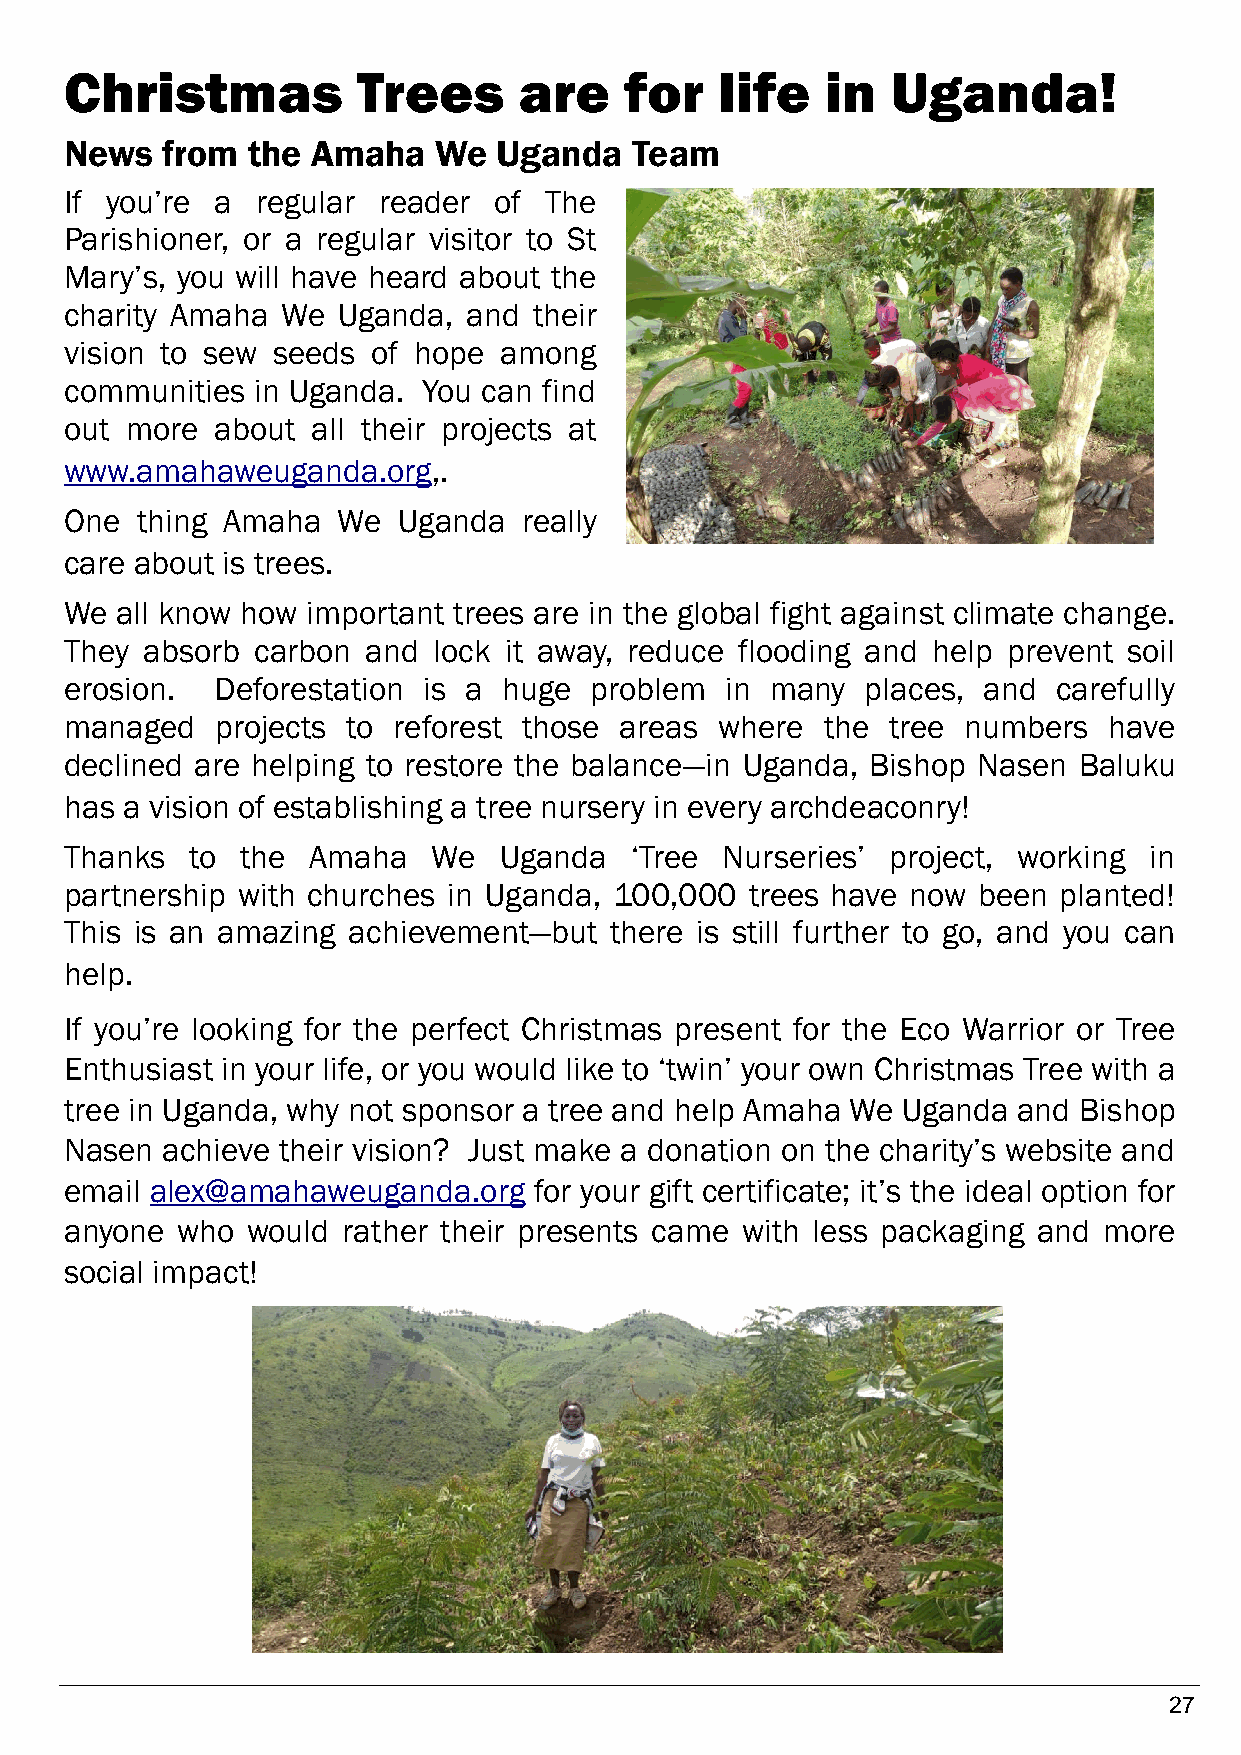
Christmas           Trees     are    for    life   in  Uganda!
 News   from the  Amaha   We  Uganda   Team
 If you’re a  regular reader  of The
 Parishioner, or a regular visitor to St
 Mary’s, you will have heard about the
 charity Amaha  We Uganda,  and their
 vision to sew seeds  of hope among
 communities  in Uganda. You can find
 out more  about  all their projects at
 www.amahaweuganda.org,.
 One  thing Amaha  We  Uganda   really
 care about is trees.
 We  all know how important trees are in the global fight against climate change.
 They absorb  carbon and  lock it away, reduce flooding and help prevent soil
 erosion.  Deforestation is a huge  problem  in many  places, and  carefully
 managed   projects to reforest those areas  where the  tree numbers  have
 declined are helping to restore the balance—in Uganda, Bishop Nasen Baluku
 has a vision of establishing a tree nursery in every archdeaconry!
 Thanks   to the  Amaha   We  Uganda   ‘Tree Nurseries’ project, working in
 partnership with churches in Uganda, 100,000  trees have now been planted!
 This is an amazing achievement—but  there is still further to go, and you can
 help.
 If you’re looking for the perfect Christmas present for the Eco Warrior or Tree
 Enthusiast in your life, or you would like to ‘twin’ your own Christmas Tree with a
 tree in Uganda, why not sponsor a tree and help Amaha We Uganda and Bishop
 Nasen  achieve their vision? Just make a donation on the charity’s website and
 email alex@amahaweuganda.org   for your gift certificate; it’s the ideal option for
 anyone  who would  rather their presents came with less packaging and more
 social impact!
 27